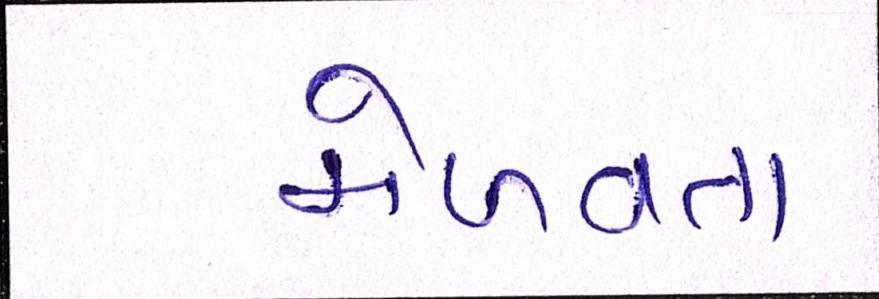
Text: મેળવતા